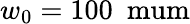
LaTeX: w_{0}=100\ \mathrm{\ mum}